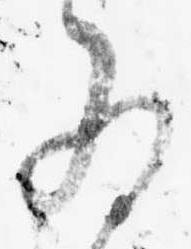
為